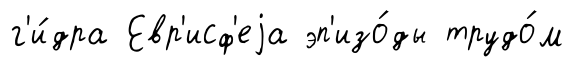
г'и́дра Евр'исф'еjа эп'изо́ды трудо́м